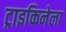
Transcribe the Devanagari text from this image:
ट्राइकिनेला